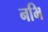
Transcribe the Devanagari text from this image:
नभि